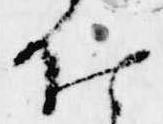
仕